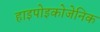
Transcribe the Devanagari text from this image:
हाइपोइकोजेनिक